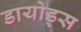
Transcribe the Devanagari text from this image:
डायोड्स